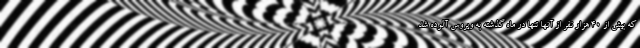
که بیش از 40 هزار نفر از آنها تنها در ماه گذشته به ویروس آلوده شد